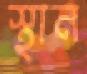
স্থান